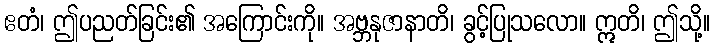
ဧတံ၊ ဤပညတ်ခြင်း၏ အကြောင်းကို။ အဗ္ဘနုဇာနာတိ၊ ခွင့်ပြုသလော။ ဣတိ၊ ဤသို့။